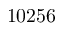
1 0 2 5 6